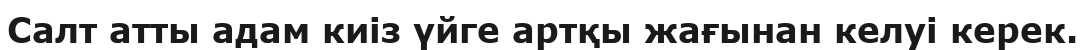
Салт атты адам киіз үйге артқы жағынан келуі керек.